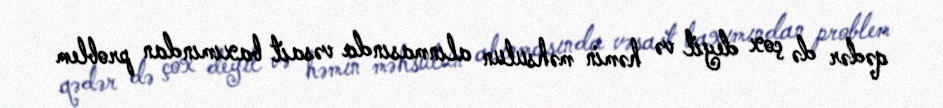
qədər də çox deyil və həmin məhsulun alınmasında vəsait baxımından problem